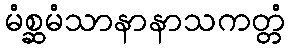
မံစ္ဆမံသာနာနာသကတ္တံ